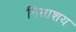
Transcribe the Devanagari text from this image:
निम्नाशय